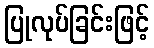
ပြုလုပ်ခြင်းဖြင့်